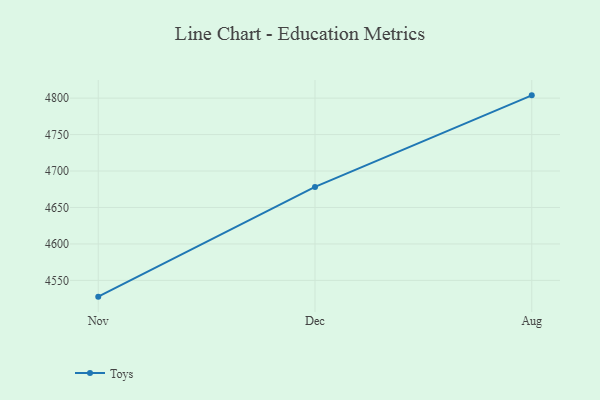
{"axis": {"x": "Month", "y": "Backlog"}, "legend": ["Toys"], "data": [{"x": "Nov", "y": 4527.7, "type": "Toys"}, {"x": "Dec", "y": 4678.2, "type": "Toys"}, {"x": "Aug", "y": 4803.8, "type": "Toys"}]}